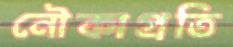
নৌকাপ্রতি